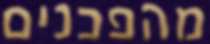
מהפכנים